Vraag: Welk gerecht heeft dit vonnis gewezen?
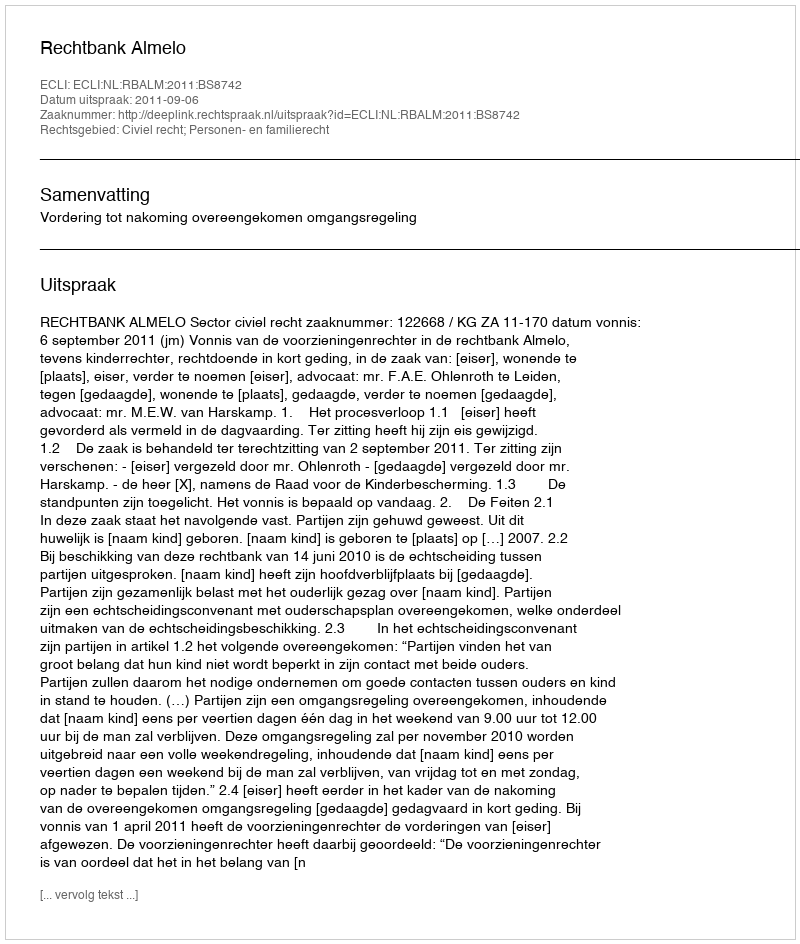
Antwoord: Rechtbank Almelo